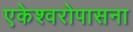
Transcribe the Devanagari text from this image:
एकेश्वरोपासना